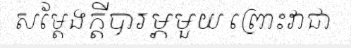
សម្តែងក្តីបារម្ភមួយ ព្រោះវាជា